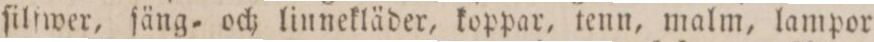
ſilſwer, ſäng= och linnekläder, koppar, tenn, malm, lampor